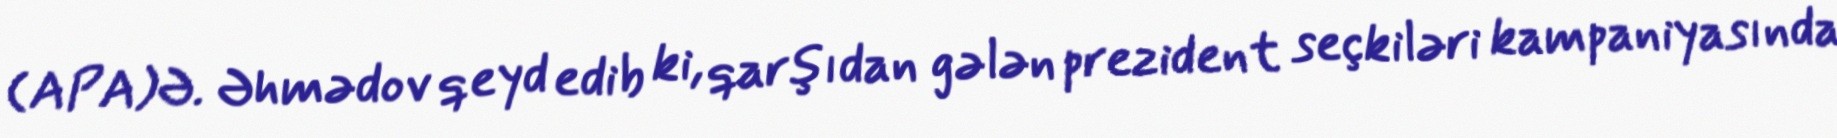
(APA)Ə. Əhmədov qeyd edib ki, qarşıdan gələn prezident seçkiləri kampaniyasında